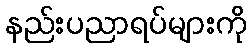
နည်းပညာရပ်များကို